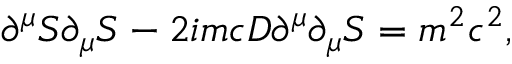
\partial ^ { \mu } { \cal S } \partial _ { \mu } S - 2 i m c { \cal D } \partial ^ { \mu } \partial _ { \mu } { \cal S } = m ^ { 2 } c ^ { 2 } ,